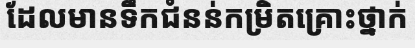
ដែលមានទឹកជំនន់កម្រិតគ្រោះថ្នាក់